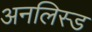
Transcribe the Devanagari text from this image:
अनलिस्ड